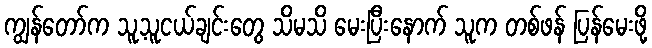
ကျွန်တော်က သူ့သူငယ်ချင်းတွေ သိမသိ မေးပြီးနောက် သူက တစ်ဖန် ပြန်မေးဖို့